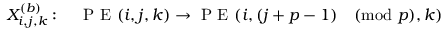
X _ { i , j , k } ^ { ( b ) } : \quad \mathrm { ~ P ~ E ~ } ( i , j , k ) \rightarrow \mathrm { ~ P ~ E ~ } ( i , ( j + p - 1 ) \pmod p , k )